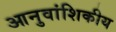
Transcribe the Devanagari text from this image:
आनुवांशिकीय